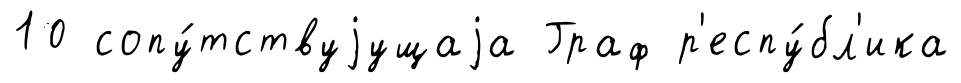
10 сопу́тствуjущаjа Граф р'еспу́бл'ика